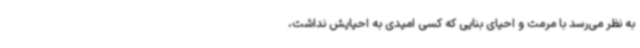
به نظر می‌رسد با مرمت و احیای بنایی که کسی امیدی به احیایش نداشت،